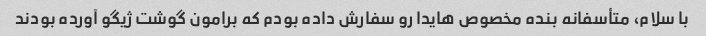
با سلام، متأسفانه بنده مخصوص هایدا رو سفارش داده بودم که برامون گوشت ژیگو آورده بودند